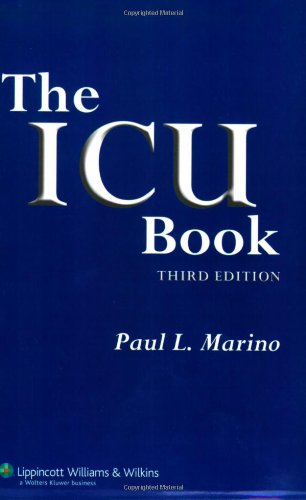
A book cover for The ICU Book, 3rd Edition; Paul L. Marino; Medical Books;